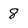
Character: 8